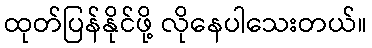
ထုတ်ပြန်နိုင်ဖို့ လိုနေပါသေးတယ်။